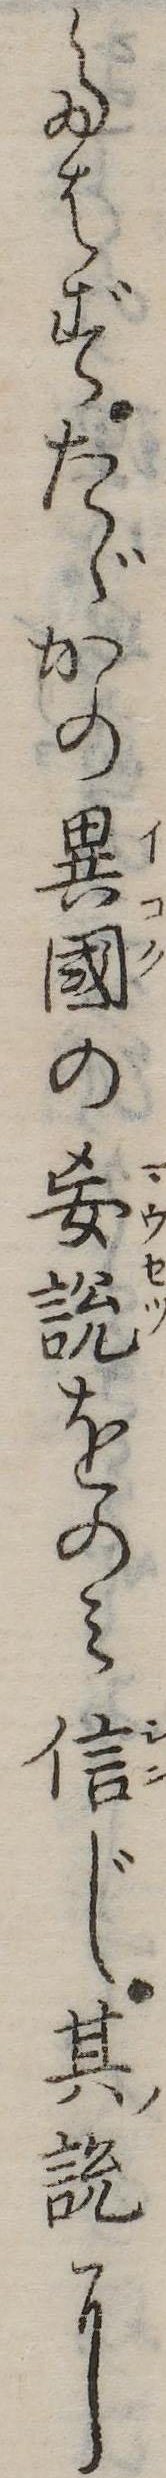
たはずたゞかの異国の妄説をのみ信じ其説に